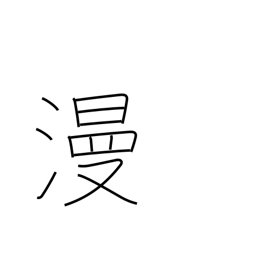
Meaning: in spite of oneself